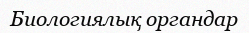
Биологиялық органдар